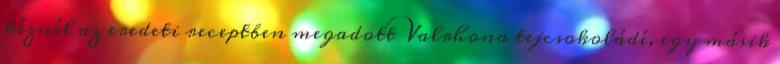
kéznél az eredeti receptben megadott Valrhona tejcsokoládé, egy másik